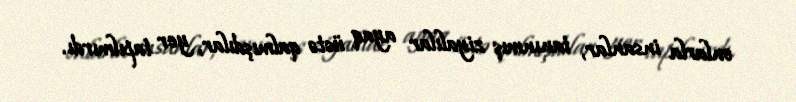
onlarla insanlar, tanınmış ziyalılar ayaq üstə qalmışdılar, yer tapılmırdı.